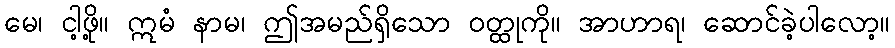
မေ၊ ငါ့ဖို့။ ဣမံ နာမ၊ ဤအမည်ရှိသော ဝတ္ထုကို။ အာဟာရ၊ ဆောင်ခဲ့ပါလော့။